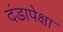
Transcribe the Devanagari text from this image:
दंडापेक्षा